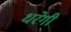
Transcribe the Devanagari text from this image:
धरेगी